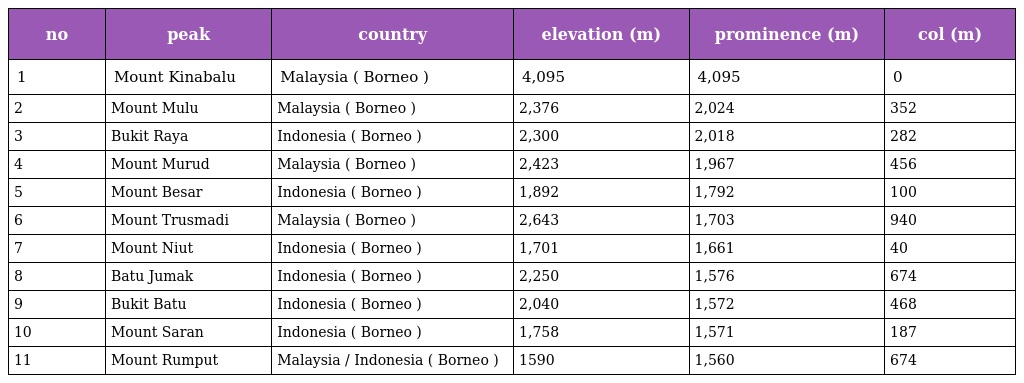
| no | peak | country | elevation (m) | prominence (m) | col (m) |
 | --- | --- | --- | --- | --- | --- |
 | 1 | Mount Kinabalu | Malaysia ( Borneo ) | 4,095 | 4,095 | 0 |
 | 2 | Mount Mulu | Malaysia ( Borneo ) | 2,376 | 2,024 | 352 |
 | 3 | Bukit Raya | Indonesia ( Borneo ) | 2,300 | 2,018 | 282 |
 | 4 | Mount Murud | Malaysia ( Borneo ) | 2,423 | 1,967 | 456 |
 | 5 | Mount Besar | Indonesia ( Borneo ) | 1,892 | 1,792 | 100 |
 | 6 | Mount Trusmadi | Malaysia ( Borneo ) | 2,643 | 1,703 | 940 |
 | 7 | Mount Niut | Indonesia ( Borneo ) | 1,701 | 1,661 | 40 |
 | 8 | Batu Jumak | Indonesia ( Borneo ) | 2,250 | 1,576 | 674 |
 | 9 | Bukit Batu | Indonesia ( Borneo ) | 2,040 | 1,572 | 468 |
 | 10 | Mount Saran | Indonesia ( Borneo ) | 1,758 | 1,571 | 187 |
 | 11 | Mount Rumput | Malaysia / Indonesia ( Borneo ) | 1590 | 1,560 | 674 |